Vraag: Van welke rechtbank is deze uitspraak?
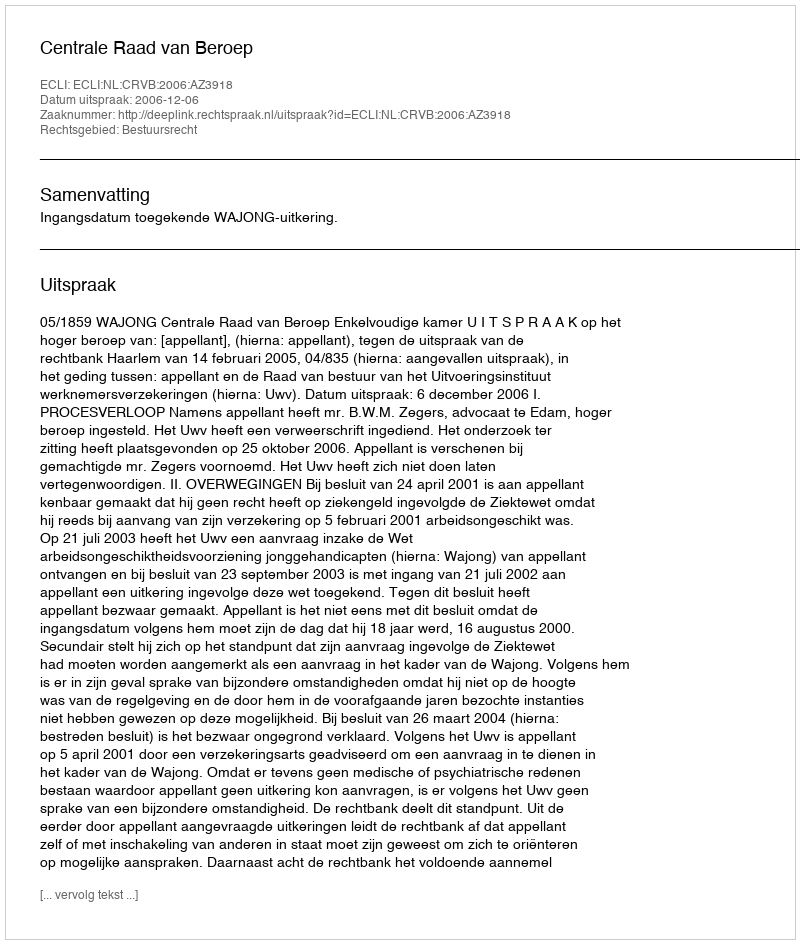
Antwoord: Centrale Raad van Beroep